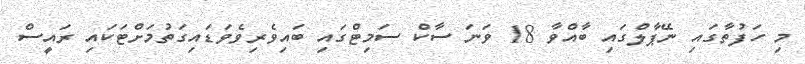
މި ހަފުތާގައި ނޭޕާލްގައި ބާއްވާ 18 ވަނަ ސާކް ސަމިޓްގައި ބައިވެރިވެވަޑައިގަތުމަށްޓަކައި ރައީސް